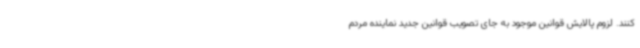
کنند. لزوم پالایش قوانین موجود به جای تصویب قوانین جدید نماینده مردم